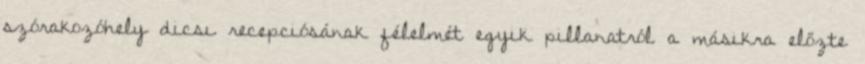
szórakozóhely dicsı recepciósának félelmét egyik pillanatról a másikra előzte